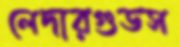
লেদারগুডস